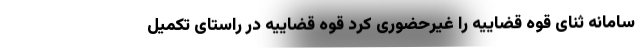
سامانه ثنای قوه قضاییه را غیرحضوری کرد قوه قضاییه در راستای تکمیل